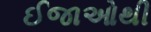
ઈજાઓથી